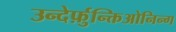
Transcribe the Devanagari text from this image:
उन्देर्फ़ुन्क्तिओनिन्ग